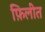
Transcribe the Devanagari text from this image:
फ़िलीत